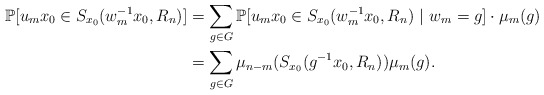
\begin{align*}\mathbb{P}[u_m x_0 \in S_{ x_0}(w_m^{-1} x_0, R_n) ] & =\sum_{g\in G}\mathbb{P}[u_m x_0 \in S_{x_0}(w_m^{-1} x_0,R_n) \ | \ w_m =g ] \cdot \mu_m(g) \\&= \sum_{g\in G} \mu_{n-m}(S_{x_0}(g^{-1}x_0,R_n)) \mu_m(g). \end{align*}